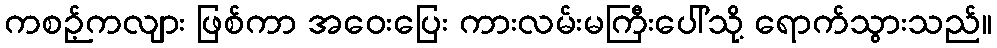
ကစဉ့်ကလျား ဖြစ်ကာ အဝေးပြေး ကားလမ်းမကြီးပေါ်သို့ ရောက်သွားသည်။